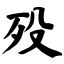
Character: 殁